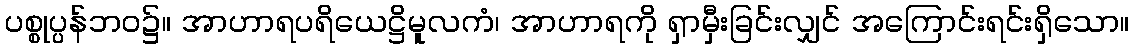
ပစ္စုပ္ပန်ဘဝ၌။ အာဟာရပရိယေဋ္ဌိမူလကံ၊ အာဟာရကို ရှာမှီးခြင်းလျှင် အကြောင်းရင်းရှိသော။